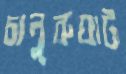
চানুরুঘাট